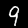
Digit: 9